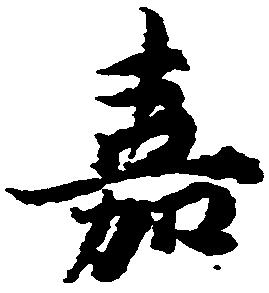
嘉